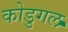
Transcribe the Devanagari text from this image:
कोडुगल